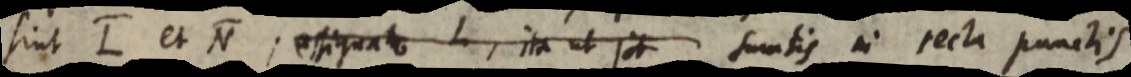
sint L et N; essignato L, ita ut sit sumtis in recta punctis